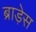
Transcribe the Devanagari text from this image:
ब्राड़ेस